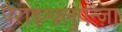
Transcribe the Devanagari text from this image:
पैराइन्फ़्लुएन्ज़ा